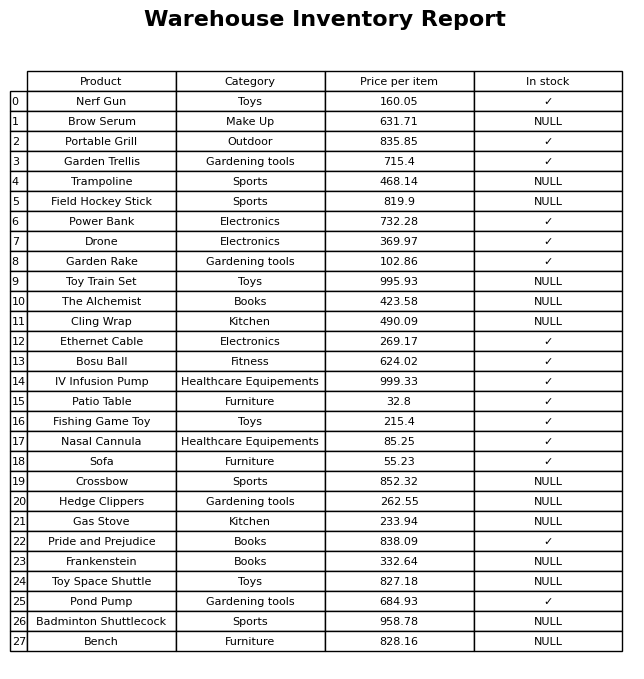
question: Is the Badminton Shuttlecock in stock?
answer: NULL